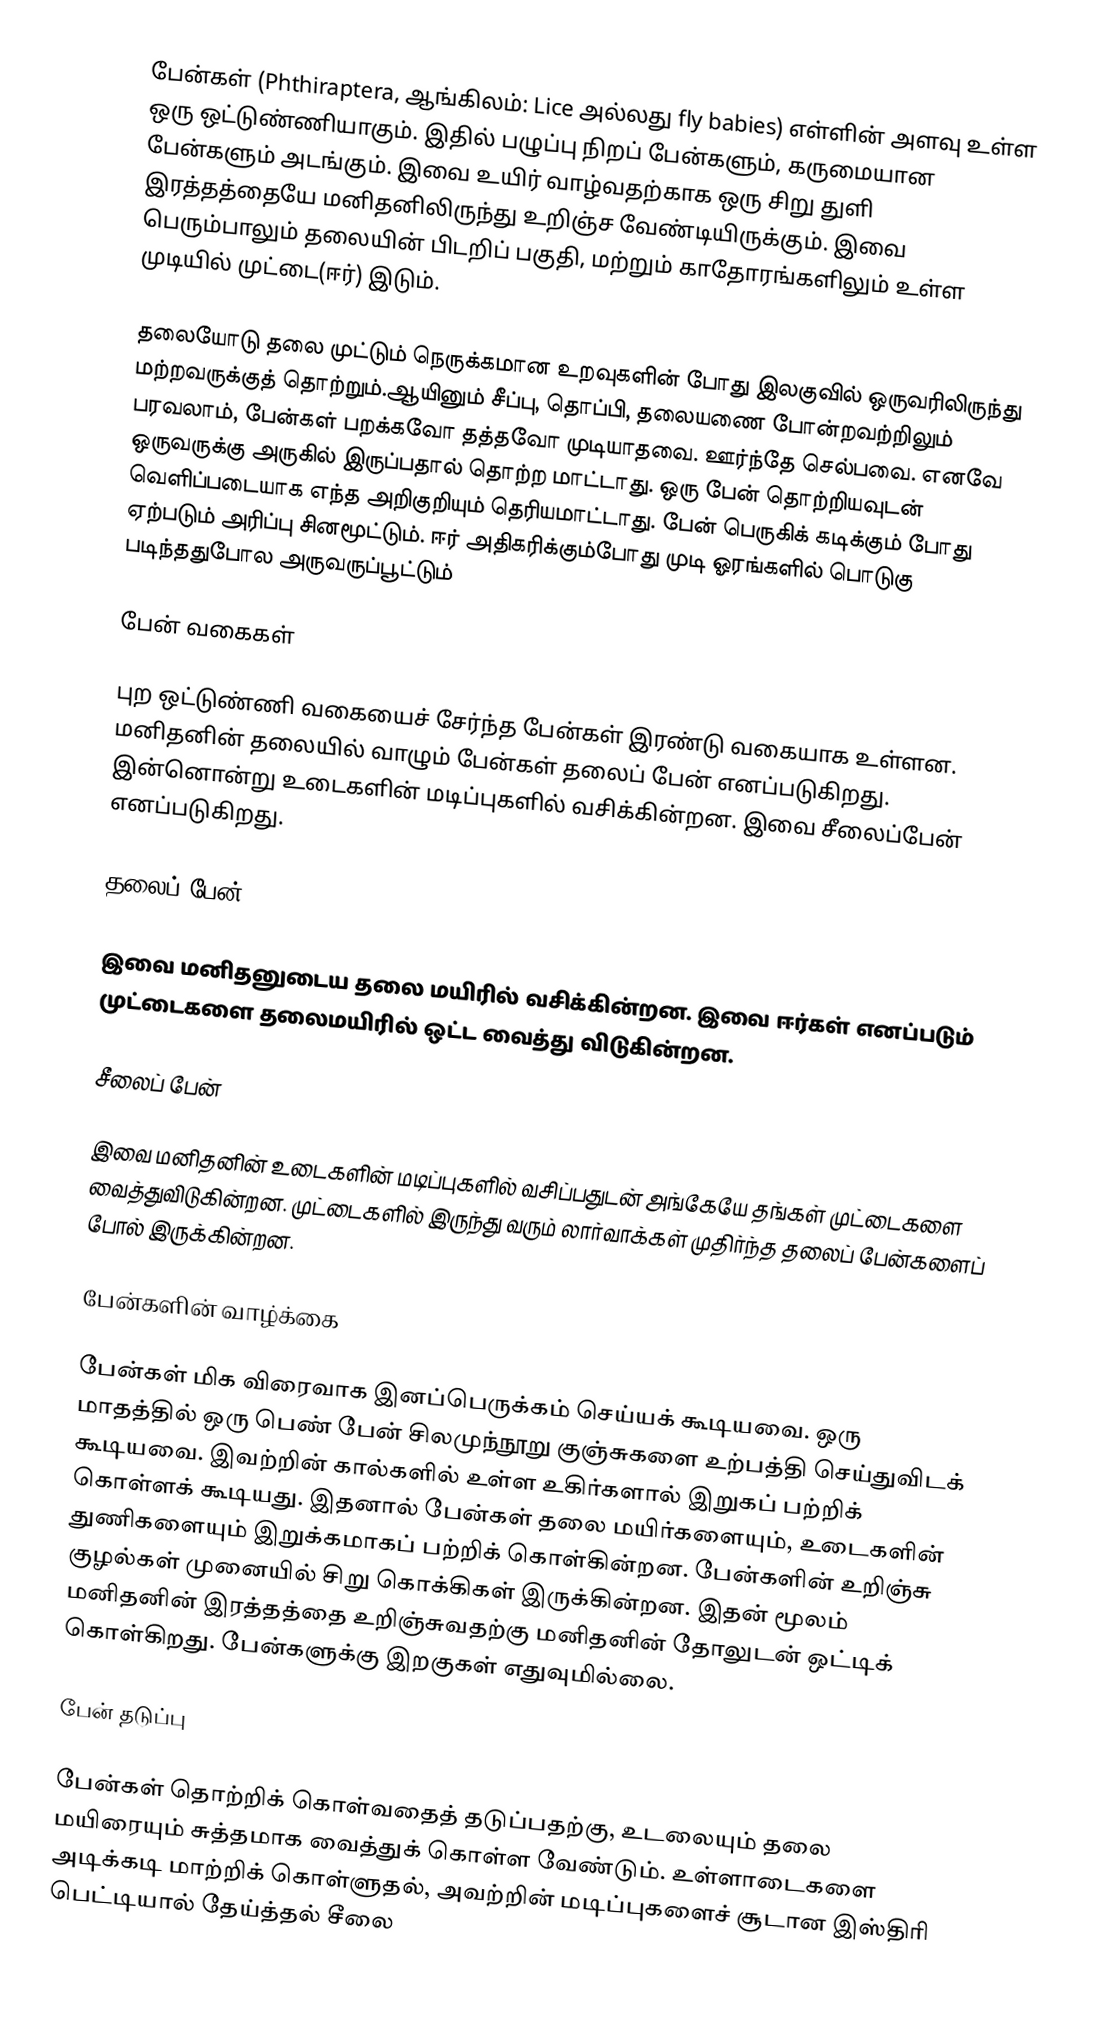
பேன்கள் (Phthiraptera, ஆங்கிலம்: Lice அல்லது fly babies) எள்ளின் அளவு உள்ள ஒரு ஒட்டுண்ணியாகும். இதில் பழுப்பு நிறப் பேன்களும், கருமையான பேன்களும் அடங்கும். இவை உயிர் வாழ்வதற்காக ஒரு சிறு துளி இரத்தத்தையே மனிதனிலிருந்து உறிஞ்ச வேண்டியிருக்கும். இவை பெரும்பாலும் தலையின் பிடறிப் பகுதி, மற்றும் காதோரங்களிலும் உள்ள முடியில் முட்டை(ஈர்) இடும்.

தலையோடு தலை முட்டும் நெருக்கமான உறவுகளின் போது இலகுவில் ஒருவரிலிருந்து மற்றவருக்குத் தொற்றும்.ஆயினும் சீப்பு, தொப்பி, தலையணை போன்றவற்றிலும் பரவலாம், பேன்கள் பறக்கவோ தத்தவோ முடியாதவை. ஊர்ந்தே செல்பவை. எனவே ஒருவருக்கு அருகில் இருப்பதால் தொற்ற மாட்டாது. ஒரு பேன் தொற்றியவுடன் வெளிப்படையாக எந்த அறிகுறியும் தெரியமாட்டாது. பேன் பெருகிக் கடிக்கும் போது ஏற்படும் அரிப்பு சினமூட்டும். ஈர் அதிகரிக்கும்போது முடி ஓரங்களில் பொடுகு படிந்ததுபோல அருவருப்பூட்டும்

பேன் வகைகள்

புற ஒட்டுண்ணி வகையைச் சேர்ந்த பேன்கள் இரண்டு வகையாக உள்ளன. மனிதனின் தலையில் வாழும் பேன்கள் தலைப் பேன் எனப்படுகிறது. இன்னொன்று உடைகளின் மடிப்புகளில் வசிக்கின்றன.  இவை சீலைப்பேன் எனப்படுகிறது.

தலைப் பேன்

இவை மனிதனுடைய தலை மயிரில் வசிக்கின்றன. இவை ஈர்கள் எனப்படும் முட்டைகளை தலைமயிரில் ஒட்ட வைத்து விடுகின்றன.

சீலைப் பேன்

இவை மனிதனின் உடைகளின் மடிப்புகளில் வசிப்பதுடன் அங்கேயே தங்கள் முட்டைகளை வைத்துவிடுகின்றன. முட்டைகளில் இருந்து வரும் லார்வாக்கள் முதிர்ந்த தலைப் பேன்களைப் போல் இருக்கின்றன.

பேன்களின் வாழ்க்கை

பேன்கள் மிக விரைவாக இனப்பெருக்கம் செய்யக் கூடியவை. ஒரு மாதத்தில் ஒரு பெண் பேன் சிலமுந்நூறு குஞ்சுகளை உற்பத்தி செய்துவிடக் கூடியவை. இவற்றின் கால்களில் உள்ள உகிர்களால் இறுகப் பற்றிக் கொள்ளக் கூடியது. இதனால் பேன்கள் தலை மயிர்களையும், உடைகளின் துணிகளையும் இறுக்கமாகப் பற்றிக் கொள்கின்றன. பேன்களின் உறிஞ்சு குழல்கள் முனையில் சிறு கொக்கிகள் இருக்கின்றன. இதன் மூலம் மனிதனின்  இரத்தத்தை உறிஞ்சுவதற்கு மனிதனின் தோலுடன் ஒட்டிக் கொள்கிறது. பேன்களுக்கு இறகுகள் எதுவுமில்லை.

பேன் தடுப்பு

பேன்கள் தொற்றிக் கொள்வதைத் தடுப்பதற்கு, உடலையும் தலை மயிரையும் சுத்தமாக வைத்துக் கொள்ள வேண்டும். உள்ளாடைகளை அடிக்கடி மாற்றிக் கொள்ளுதல், அவற்றின் மடிப்புகளைச் சூடான இஸ்திரி பெட்டியால் தேய்த்தல் சீலை